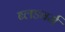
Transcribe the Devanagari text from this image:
ब्लडवर्म